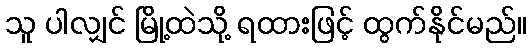
သူ ပါလျှင် မြို့ထဲသို့ ရထားဖြင့် ထွက်နိုင်မည်။